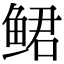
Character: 鲪